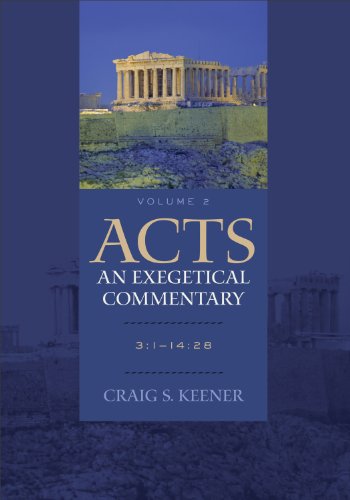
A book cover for Acts: An Exegetical Commentary: 3:1-14:28; Craig S. Keener; Christian Books & Bibles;